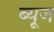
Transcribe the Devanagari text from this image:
ब्यूज